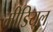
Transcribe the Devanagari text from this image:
मीडियल